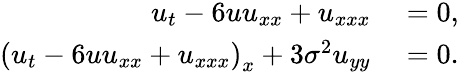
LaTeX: \begin{array}{rl}{u_{t}-6uu_{xx}+u_{xxx}}&{{}=0,}\\ {\left(u_{t}-6uu_{xx}+u_{xxx}\right)_{x}+3\sigma^{2}u_{yy}}&{{}=0.}\end{array}